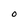
Character: O